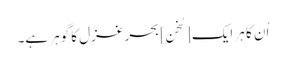
اُن کا ہر ایک [سُخن] بحرِ غزل کا گوہر ہے۔